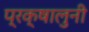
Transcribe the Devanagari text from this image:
प्रक्षालुनी